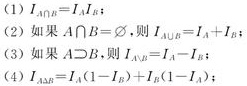
(1) $I_{A\cap B}=I_{A}I_{B}$;
(2) 如果 $A\cap B = \varnothing$, 则 $I_{A\cup B}=I_{A}+I_{B}$;
(3) 如果 $A\supset B$, 则 $I_{A - B}=I_{A}-I_{B}$;
(4) $AB\subset A\subset A\cup B$ 以及 $I_{AB}=I_{A}I_{B}$, $I_{A\cup B}=I_{A}+I_{B}(1 - I_{A})$;